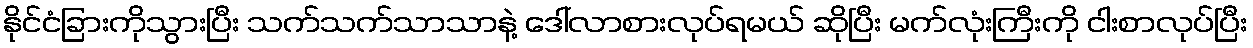
နိုင်ငံခြားကိုသွားပြီး သက်သက်သာသာနဲ့ ဒေါ်လာစားလုပ်ရမယ် ဆိုပြီး မက်လုံးကြီးကို ငါးစာလုပ်ပြီး